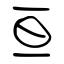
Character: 亘